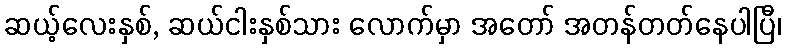
ဆယ့်လေးနှစ်, ဆယ်ငါးနှစ်သား လောက်မှာ အတော် အတန်တတ်နေပါပြီ၊